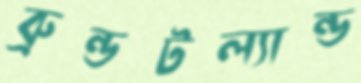
ব্রুন্ডটল্যান্ড